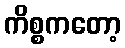
ကိစ္စကတော့